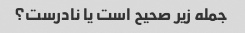
جمله زیر صحیح است یا نادرست؟